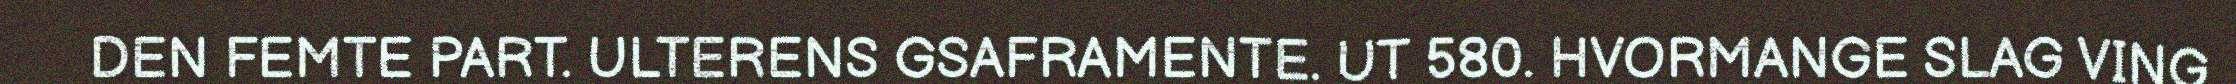
DEN FEMTE PART. ULTERENS GSAFRAMENTE. UT 580. HVORMANGE SLAG VING